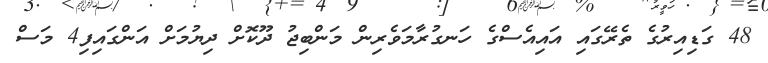
48 ގަޑިއިރުގެ ތެރޭގައި އައިއެސްގެ ހަނގުރާމަވެރިން މަންބިޖު ދޫކޮށް ދިޔުމަށް އަންގައިފި4 މަސް